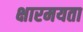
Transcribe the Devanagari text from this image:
क्षारमयता